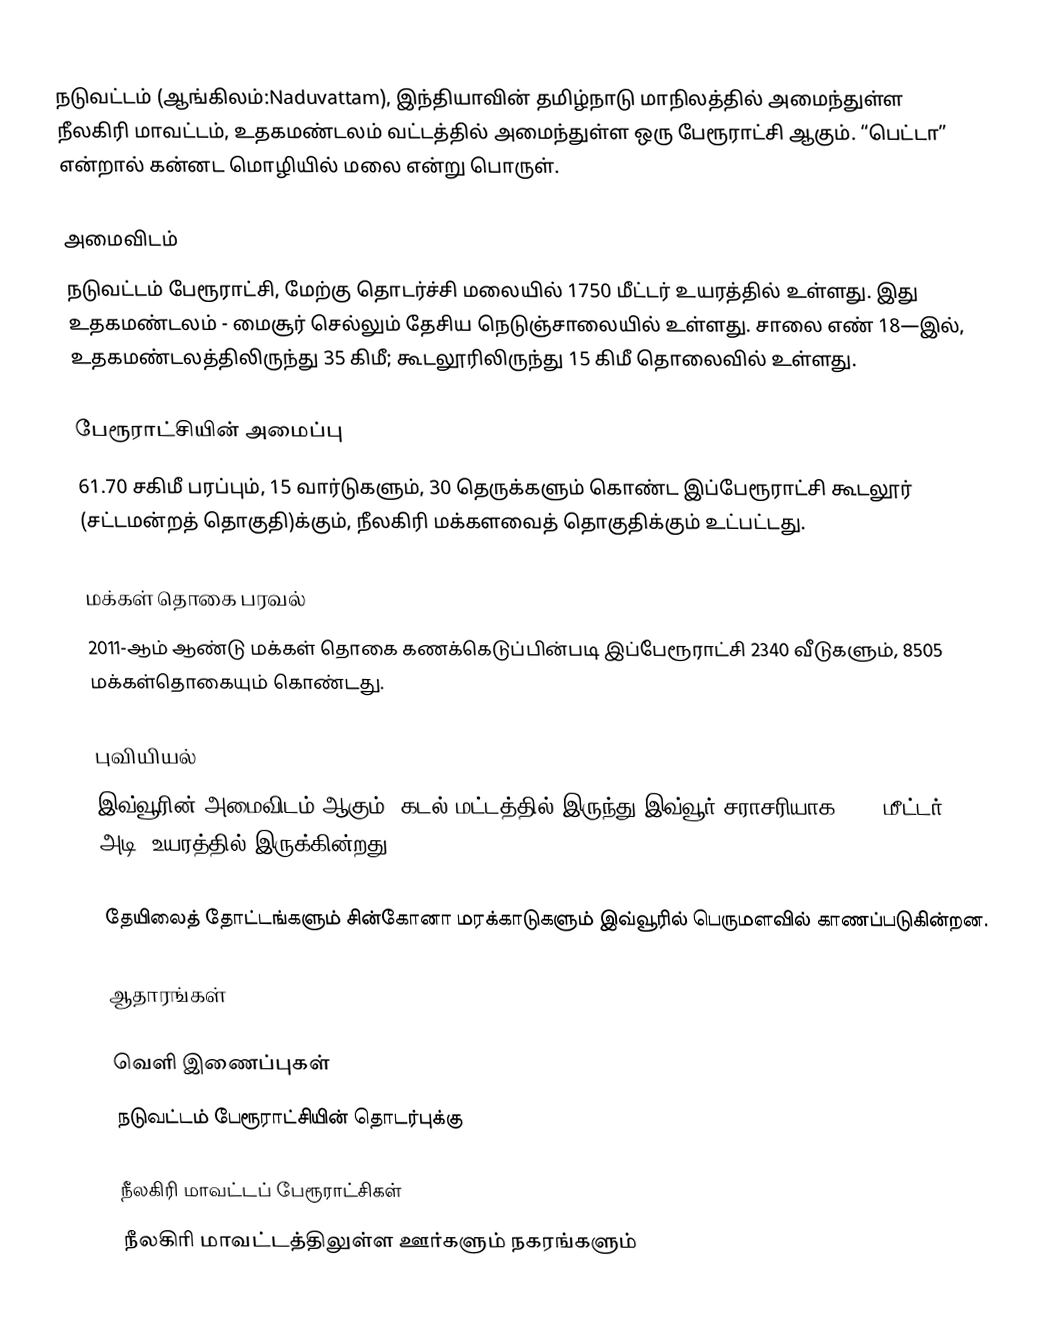
நடுவட்டம் (ஆங்கிலம்:Naduvattam), இந்தியாவின் தமிழ்நாடு மாநிலத்தில் அமைந்துள்ள நீலகிரி மாவட்டம், உதகமண்டலம் வட்டத்தில்  அமைந்துள்ள ஒரு பேரூராட்சி ஆகும். “பெட்டா” என்றால் கன்னட மொழியில் மலை என்று பொருள்.

அமைவிடம்
நடுவட்டம் பேரூராட்சி, மேற்கு தொடர்ச்சி மலையில் 1750 மீட்டர் உயரத்தில் உள்ளது. இது உதகமண்டலம் - மைசூர் செல்லும்  தேசிய நெடுஞ்சாலையில் உள்ளது. சாலை எண் 18—இல், உதகமண்டலத்திலிருந்து 35 கிமீ; கூடலூரிலிருந்து 15 கிமீ தொலைவில் உள்ளது.

பேரூராட்சியின் அமைப்பு
61.70  சகிமீ பரப்பும், 15 வார்டுகளும், 30  தெருக்களும்  கொண்ட இப்பேரூராட்சி  கூடலூர் (சட்டமன்றத் தொகுதி)க்கும், நீலகிரி மக்களவைத் தொகுதிக்கும் உட்பட்டது.

மக்கள் தொகை பரவல்
2011-ஆம் ஆண்டு மக்கள் தொகை கணக்கெடுப்பின்படி  இப்பேரூராட்சி 2340 வீடுகளும்,  8505 மக்கள்தொகையும் கொண்டது.

புவியியல்
இவ்வூரின் அமைவிடம்  ஆகும். கடல் மட்டத்தில் இருந்து இவ்வூர் சராசரியாக 1953 மீட்டர் (6407 அடி) உயரத்தில் இருக்கின்றது.

தேயிலைத் தோட்டங்களும் சின்கோனா மரக்காடுகளும் இவ்வூரில் பெருமளவில் காணப்படுகின்றன.

ஆதாரங்கள்

வெளி இணைப்புகள்
 நடுவட்டம் பேரூராட்சியின் தொடர்புக்கு

நீலகிரி மாவட்டப் பேரூராட்சிகள்
நீலகிரி மாவட்டத்திலுள்ள ஊர்களும் நகரங்களும்